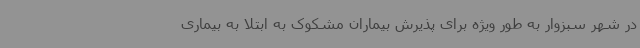
در شهر سبزوار به طور ویژه برای پذیرش بیماران مشکوک به ابتلا به بیماری